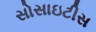
સોસાઇટીસ